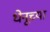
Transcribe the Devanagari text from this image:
धेनूच्या